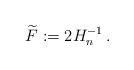
LaTeX: \begin{align*}\widetilde F:= 2H_n^{-1}\,.\end{align*}